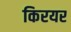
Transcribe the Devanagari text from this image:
किरयर